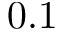
0 . 1